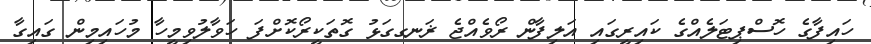
ހައިފާގެ ހޮސްޕިޓަލެއްގެ ކައިރީގައި އަލިފާން ރޯވެއްޖެ ޜަނގގަޅު ގޮތަކީރޯކޮށްފަ ހަވާލުވިމީހާ މުހައިމިން ގައިގާ